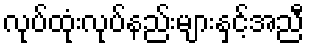
လုပ်ထုံးလုပ်နည်းများနှင့်အညီ